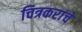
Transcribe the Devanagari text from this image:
चित्रकरांचे